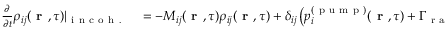
\begin{array} { r l } { \frac { \partial } { \partial t } \rho _ { i j } ( \textbf { r } , \tau ) | _ { \mathrm { ~ i ~ n ~ c ~ o ~ h ~ . ~ } } } & { { } = - M _ { i j } ( \textbf { r } , \tau ) \rho _ { i j } ( \textbf { r } , \tau ) + \delta _ { i j } \left( p _ { i } ^ { ( \mathrm { ~ p ~ u ~ m ~ p ~ } ) } ( \textbf { r } , \tau ) + \Gamma _ { \mathrm { ~ r ~ a ~ d ~ . ~ } } \sum _ { k } G _ { i k } ^ { ( \mathrm { ~ r ~ a ~ d ~ . ~ } ) } ( \textbf { r } , \tau ) \rho _ { k k } ( \textbf { r } , \tau ) \right) , } \end{array}